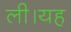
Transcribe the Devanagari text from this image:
ली।यह